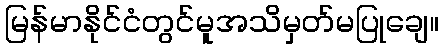
မြန်မာနိုင်ငံတွင်မူအသိမှတ်မပြုချေ။